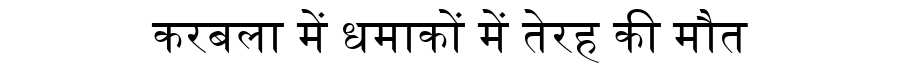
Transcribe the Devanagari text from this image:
करबला में धमाकों में तेरह की मौत